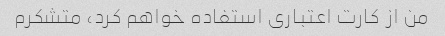
من از کارت اعتباری استفاده خواهم کرد، متشکرم